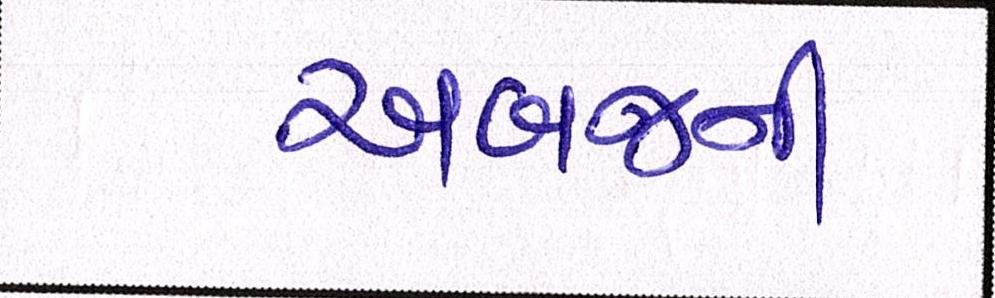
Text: અબજની